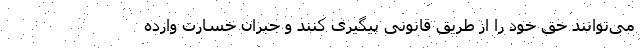
می‌توانند حق خود را از طریق قانونی پیگیری کنند و جبران خسارت وارده